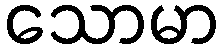
သောမာ